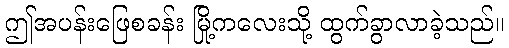
ဤအပန်းဖြေစခန်း မြို့ကလေးသို့ ထွက်ခွာလာခဲ့သည်။